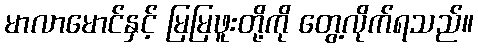
မာလာမောင်နှင့် မြမြဖူးတို့ကို တွေ့လိုက်ရသည်။